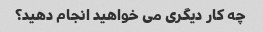
چه کار دیگری می خواهید انجام دهید؟